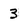
Character: 3